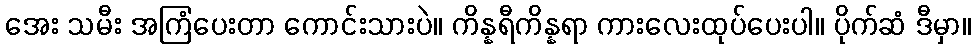
အေး သမီး အကြံပေးတာ ကောင်းသားပဲ။ ကိန္နရီကိန္နရာ ကားလေးထုပ်ပေးပါ။ ပိုက်ဆံ ဒီမှာ။